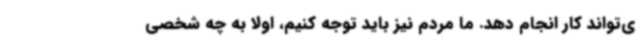
ی‌تواند کار انجام دهد. ما مردم نیز باید توجه کنیم، اولا به چه شخصی